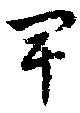
卑